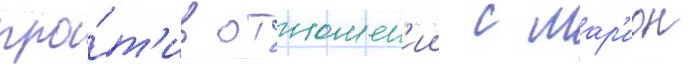
про́т'ив отношен'ии с мар'ион